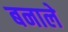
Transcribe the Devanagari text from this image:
बनाले